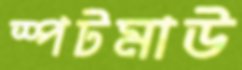
স্পটমাউ